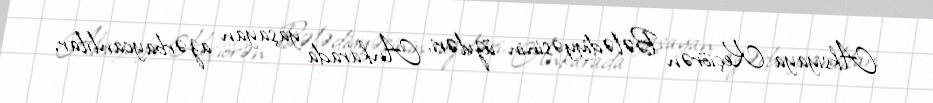
Aksiyaya Keçiörən Bələdiyyəsinin üzvləri, Ankarada yaşayan azərbaycanlılar,